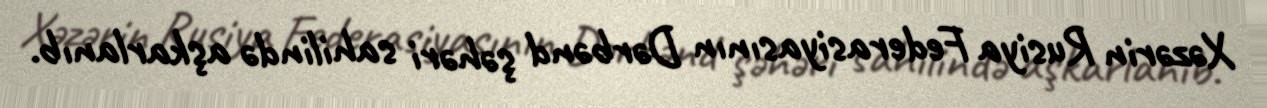
Xəzərin Rusiya Federasiyasının Dərbənd şəhəri sahilində aşkarlanıb.